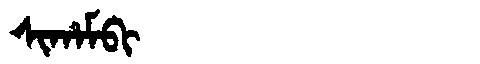
Manchu: ᠰᡳᡥᠠᠮᠪᡳ
Romanization: SIHAMBI